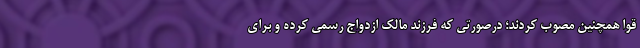
قوا همچنین مصوب کردند؛ درصورتی که فرزند مالک ازدواج رسمی کرده و برای